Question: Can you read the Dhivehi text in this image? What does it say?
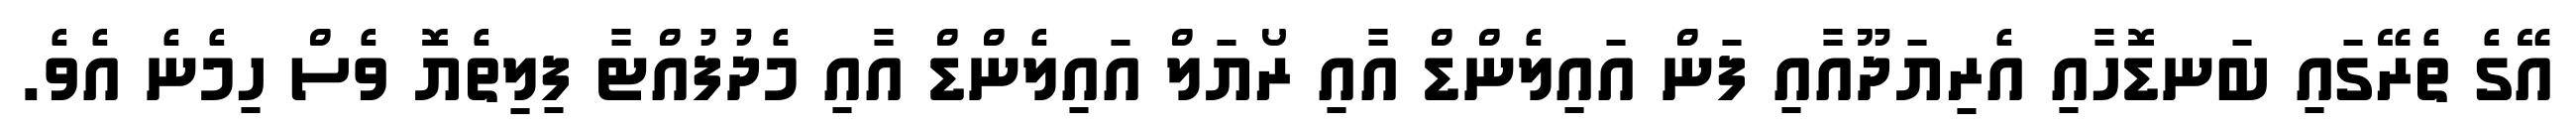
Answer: އޭގެ ތެރޭގައި ބަނޑޮހާއި އެރިޔަދޫއާއި ފަން އައިލެންޑް އާއި ރޯޔަލް އައިލެންޑް އާއި މެދުފުއްޓާ ފިލިތެޔޮ ވެސް ހިމެނެ އެވެ.